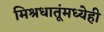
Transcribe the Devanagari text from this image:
मिश्रधातूंमध्येही